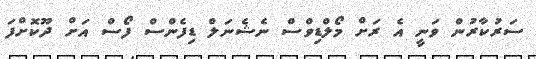
ސަރުކާރުން ވަނީ އެ ރަށް މޯލްޑިވްސް ނެޝެނަލް ޑިފެންސް ފޯސް އަށް ދޫކޮށްފަ